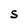
Character: S